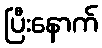
ပြီးနောက်